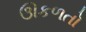
ઊકળતો